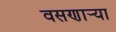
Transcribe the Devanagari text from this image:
वसणार्‍या